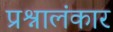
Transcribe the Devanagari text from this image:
प्रश्नालंकार